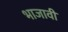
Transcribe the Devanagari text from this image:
भाजावी